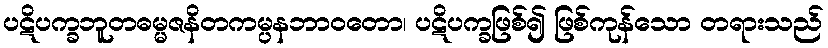
ပဋိပက္ခဘူတဓမ္မဇနိတကမ္ပနဘာဝတော၊ ပဋိပက္ခဖြစ်၍ ဖြစ်ကုန်သော တရားသည်